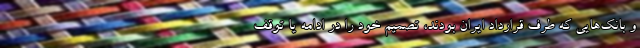
و بانک‌هایی که طرف قرارداد ایران بودند، تصمیم خود را در ادامه یا توقف